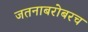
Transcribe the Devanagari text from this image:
जतनाबरोबरच